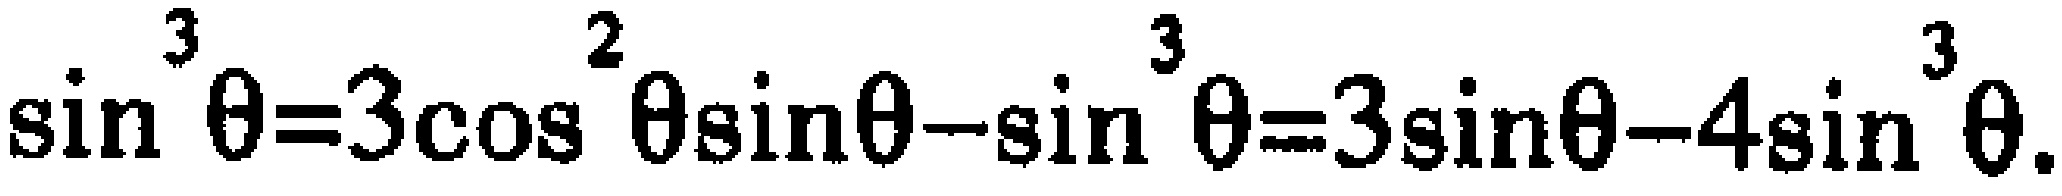
$\sin ^{3}\theta =3\cos ^{2}\theta \sin \theta -\sin ^{3}\theta =3\sin \theta -4\sin ^{3}\theta .$